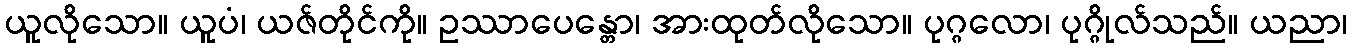
ယူလိုသော။ ယူပံ၊ ယဇ်တိုင်ကို။ ဥဿာပေန္တော၊ အားထုတ်လိုသော။ ပုဂ္ဂလော၊ ပုဂ္ဂိုလ်သည်။ ယညာ၊